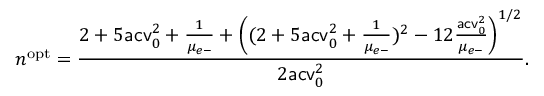
n ^ { \mathrm { o p t } } = \frac { 2 + 5 \mathsf { a c v } _ { 0 } ^ { 2 } + \frac { 1 } { \mu _ { e \mathrm { - } } } + \left( ( 2 + 5 \mathsf { a c v } _ { 0 } ^ { 2 } + \frac { 1 } { \mu _ { e \mathrm { - } } } ) ^ { 2 } - 1 2 \frac { \mathsf { a c v } _ { 0 } ^ { 2 } } { \mu _ { e \mathrm { - } } } \right) ^ { 1 / 2 } } { 2 \mathsf { a c v } _ { 0 } ^ { 2 } } .